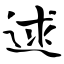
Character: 逑